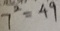
7 ^ { 2 } = 4 9